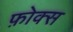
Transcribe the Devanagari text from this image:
फ़ोक्स